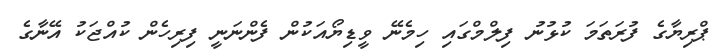
ޕްރިޔާގެ ފުރަތަަމަ ކުޅުނު ފިލްމްގައި ހިމެނޭ ވީޑިޔޯއަކުން ފެންނަނީ ފިރިހެން ކުއްޖަކު އޭނާގެ